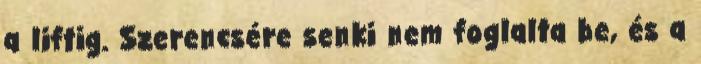
a liftig. Szerencsére senki nem foglalta be, és a